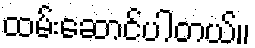
ထမ်းဆောင်ပါတယ်။